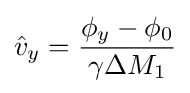
{\hat {v}}_{y}={\frac {\phi _{y}-\phi _{0}}{\gamma \Delta M_{1}}}